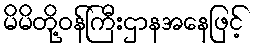
မိမိတို့ဝန်ကြီးဌာနအနေဖြင့်